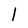
Character: 1